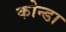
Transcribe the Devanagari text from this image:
कोन्डा